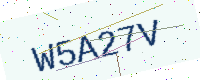
Text: W5A27V